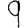
Digit: 9